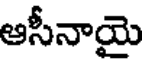
ఆసీనాయై